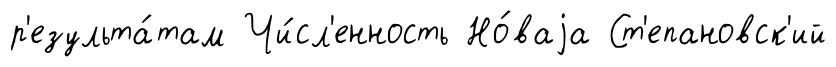
р'езульта́там Чи́сл'енность Но́ваjа Ст'епановск'ий